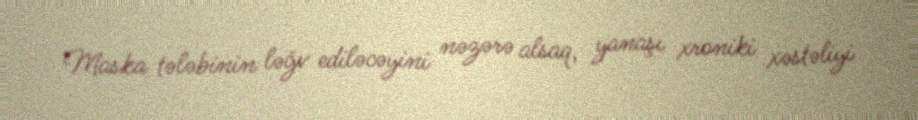
Maska tələbinin ləğv ediləcəyini nəzərə alsaq, yanaşı xroniki xəstəliyi